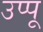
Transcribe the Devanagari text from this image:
उप्पू